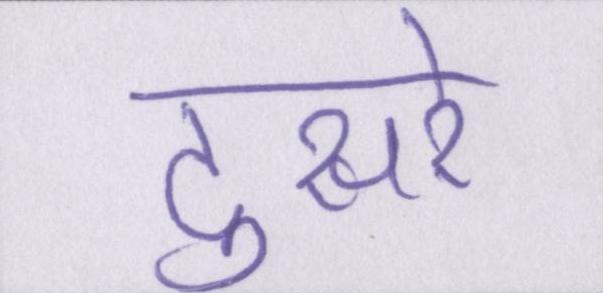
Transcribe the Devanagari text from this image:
दुसरे